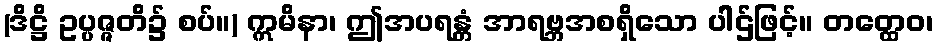
(ဒိဋ္ဌိ ဥပ္ပဇ္ဇတိ၌ စပ်။) ဣမိနာ၊ ဤအပရန္တံ အာရဗ္ဘအစရှိသော ပါဌ်ဖြင့်။ တတ္ထေဝ၊